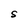
Character: S